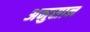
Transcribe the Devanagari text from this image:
अनुसान